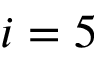
i = 5